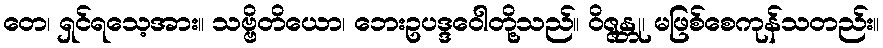
တေ၊ ရှင်ရသေ့အား။ သဗ္ဗိတိယော၊ ဘေးဥပဒ္ဒဝေါတို့သည်။ ဝိဇ္ဇန္တု၊ မဖြစ်စေကုန်သတည်း။